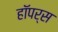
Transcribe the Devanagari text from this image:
हॉपर्स